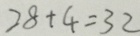
2 8 + 4 = 3 2